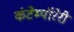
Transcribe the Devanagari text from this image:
कंटेम्पॉरेरी